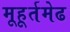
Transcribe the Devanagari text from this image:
मूहूर्तमेढ